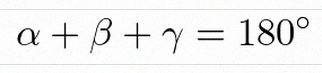
\alpha+\beta+\gamma=180^\circ